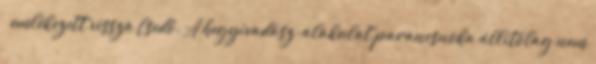
– emlékezett vissza Csedő. A hegyivadász-alakulat parancsnoka állítólag nem